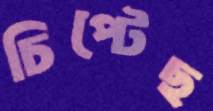
চিপ্‌টেছ